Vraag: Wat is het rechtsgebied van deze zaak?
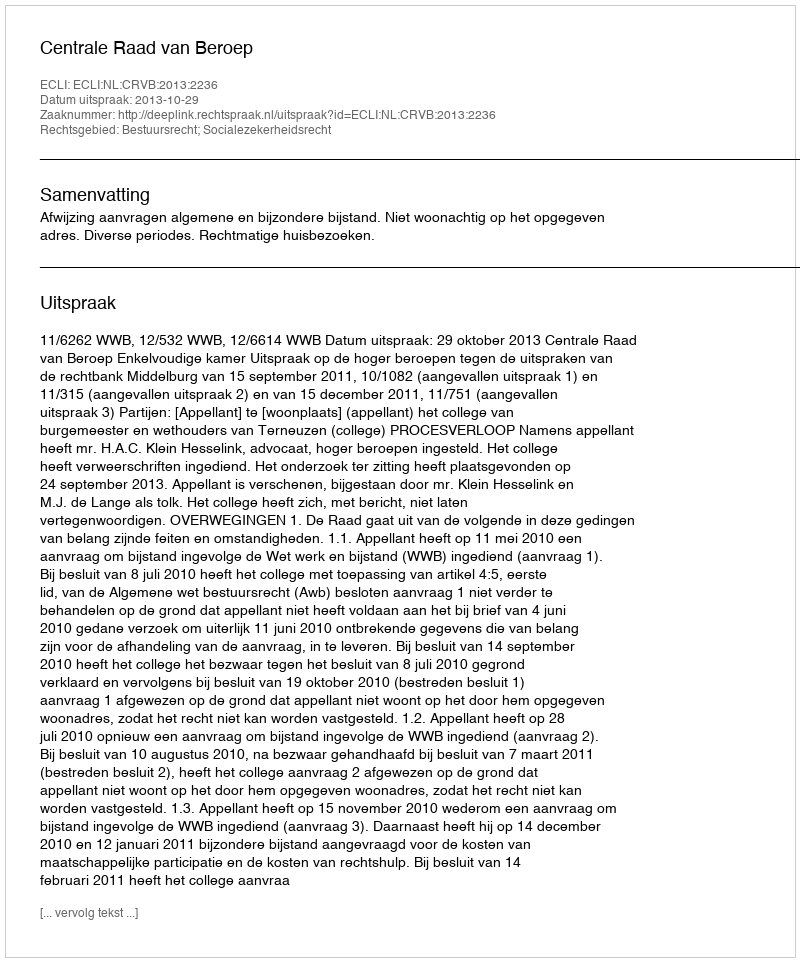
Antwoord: Bestuursrecht; Socialezekerheidsrecht